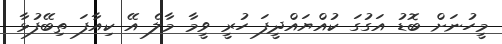
މީހުނަށް ބޮޑު އަގުގަ ކުއްޔައްދީފަ ހުރީ ވީމާ މާލެ އޭ ކިއާފަ ތިބޭފުޅާ